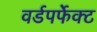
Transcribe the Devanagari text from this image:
वर्डपर्फेक्ट